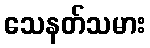
သေနတ်သမား